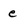
Character: e